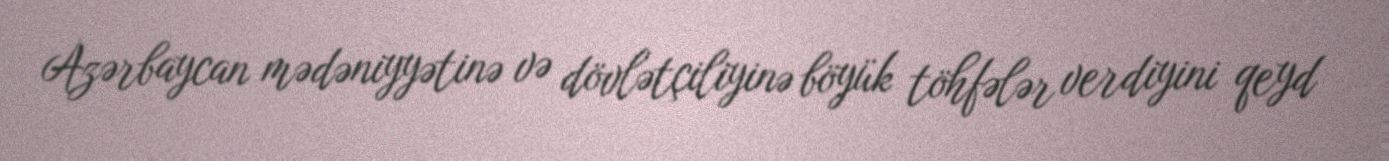
Azərbaycan mədəniyyətinə və dövlətçiliyinə böyük töhfələr verdiyini qeyd